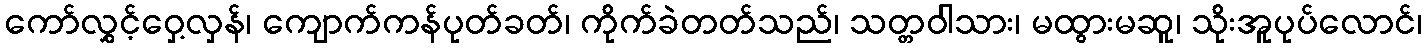
ကော်လွှင့်ဝှေ့လှန်၊ ကျောက်ကန်ပုတ်ခတ်၊ ကိုက်ခဲတတ်သည်၊ သတ္တဝါသား၊ မထွားမဆူ၊ သိုးအူပုပ်လောင်၊